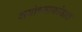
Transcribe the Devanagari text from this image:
अयोध्याकांडात